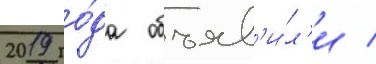
2019 го́да объяв'и́л'и /